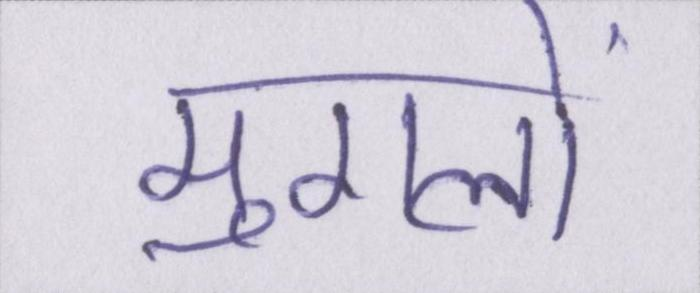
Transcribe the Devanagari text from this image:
मुगलों